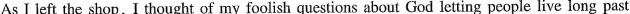
As I left the shop,I thought of my foolish questions about God letting people live long past